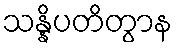
သန္နိပတိတွာန